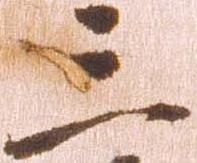
三